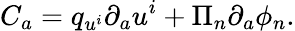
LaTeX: C_{a}=q_{u^{i}}\partial_{a}u^{i}+\Pi_{n}\partial_{a}\phi_{n}.